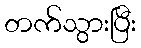
တက်သွားပြီး